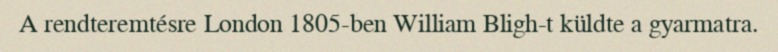
A rendteremtésre London 1805-ben William Bligh-t küldte a gyarmatra.